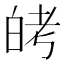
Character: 𬐈